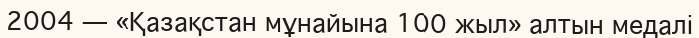
2004 — «Қазақстан мұнайына 100 жыл» алтын медалі